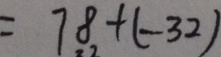
= 7 8 + ( - 3 2 )